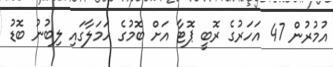
އުމުރުން 47 އަހަރުގެ ރޮބީ ޕޮޓާ އަށް ބޮމުގެ ހަމަލާގައި ލިބުނު ބޮޑު